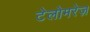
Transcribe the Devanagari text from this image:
टेलोमरेज़